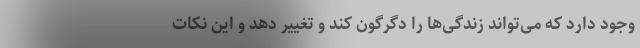
وجود دارد که می‌تواند زندگی‌ها را دگرگون کند و تغییر دهد و این نکات